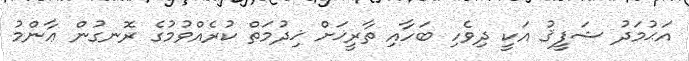
އަޙުމަދު ޝަފީޤު އަކީ ދިވެހި ބަހާއި ތާރީޚަށް ޚިދުމަތް ކުރެއްވުމުގެ ރޮނގުން ޢާންމު